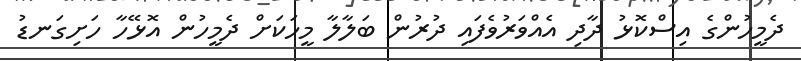
ދެމީހުންގެ އިސްކޮޅު ދާދި އެއްވަރުވެފައި ދުރުން ބަލާލާ މީހަކަށް ދެމީހުން އޮޅޭހާ ހަށިގަނޑު